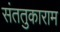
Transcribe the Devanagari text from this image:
संततुकाराम